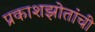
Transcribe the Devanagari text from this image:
प्रकाशझोतांची